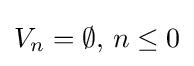
V_{n}=\emptyset ,\,n\leq 0